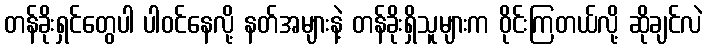
တန်ခိုးရှင်တွေပါ ပါဝင်နေလို့ နတ်အများနဲ့ တန်ခိုးရှိသူများက ဝိုင်းကြတယ်လို့ ဆိုချင်လဲ